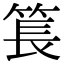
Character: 𥮲